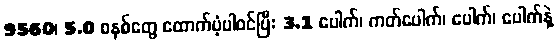
9560၊ 5.0 စနစ်တွေ ထောက်ပံ့ပါ၀င်ပြီး 3.1 ပေါက်၊ ကတ်ပေါက်၊ ပေါက်၊ ပေါက်နဲ့